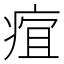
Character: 𤶢